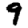
Digit: 9